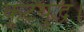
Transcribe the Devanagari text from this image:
कूटयुद्ध।